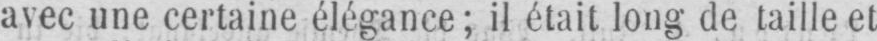
avec une certaine élégance; il était long de taille et